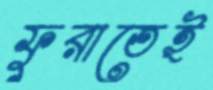
ফুরাতেই